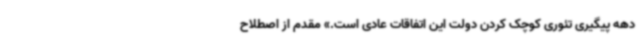
دهه پیگیری تئوری کوچک کردن دولت این اتفاقات عادی است.» مقدم از اصطلاح